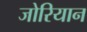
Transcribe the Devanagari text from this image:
जोरियान